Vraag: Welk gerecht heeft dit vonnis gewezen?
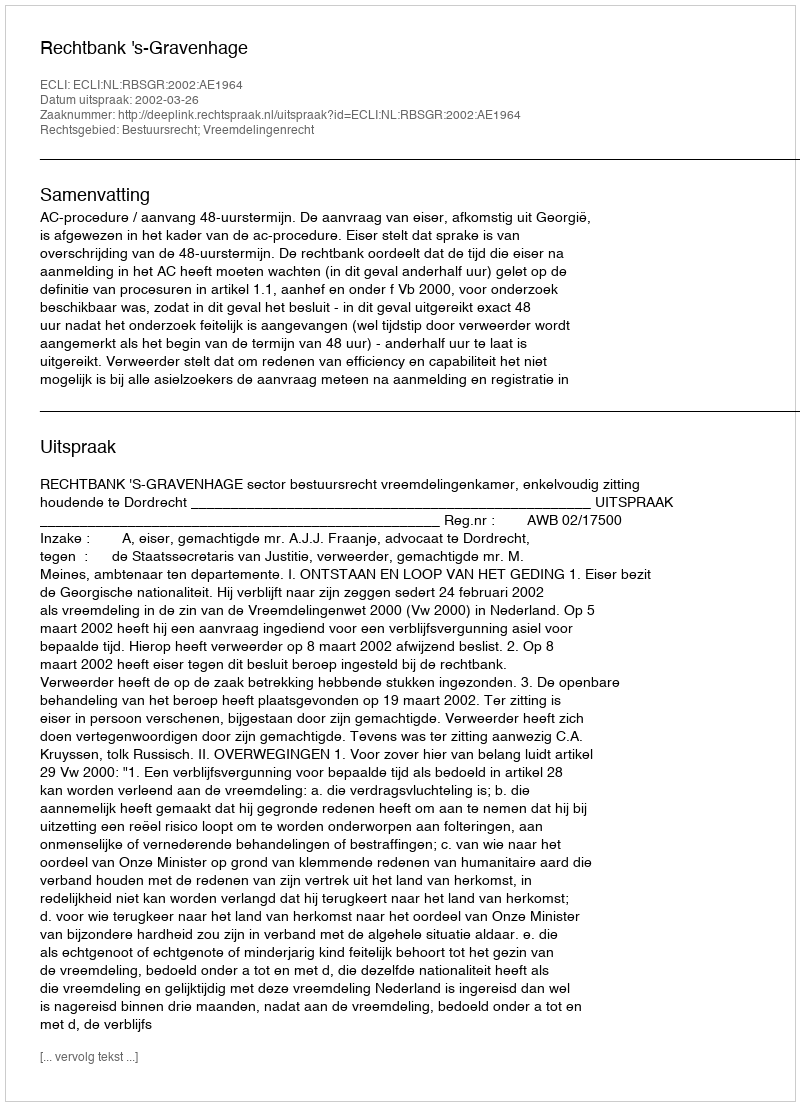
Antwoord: Rechtbank 's-Gravenhage